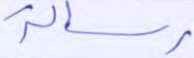
رسالة